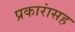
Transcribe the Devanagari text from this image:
प्रकारांसह